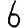
Digit: 6